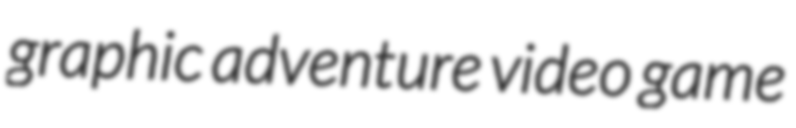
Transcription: graphic adventure video game